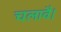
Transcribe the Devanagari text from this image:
चलावै।